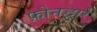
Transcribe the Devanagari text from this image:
फ़ोनद्वारे